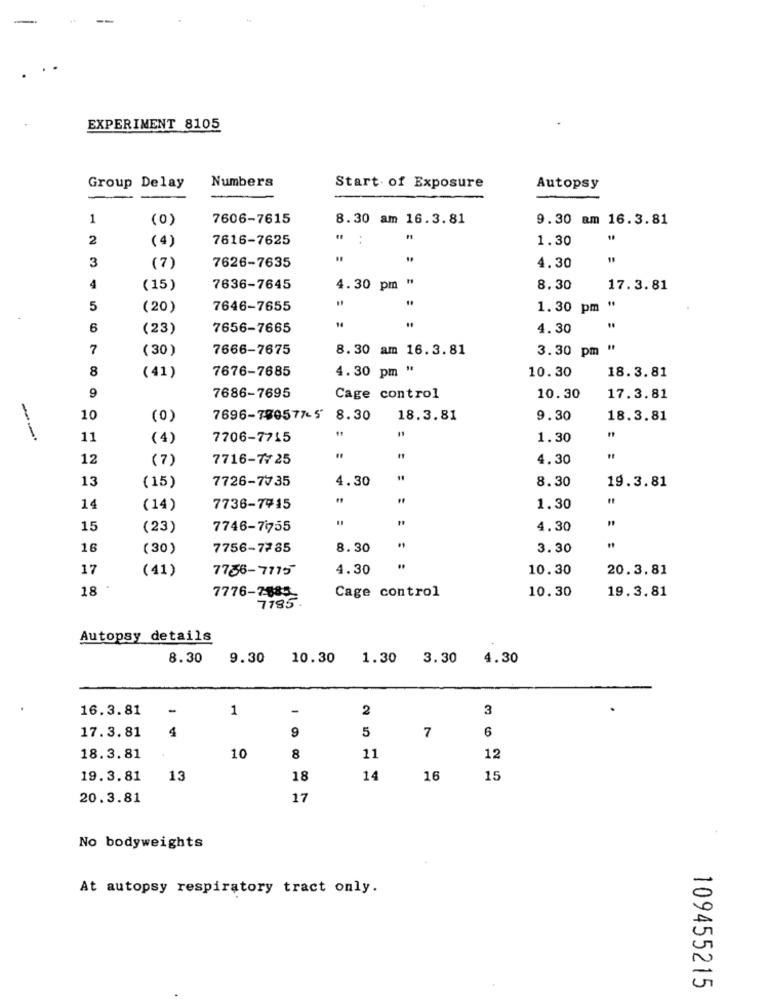
EXPERIMENT 8105
Numbers
Group Delay
Start of Exposure
Autopsy
-
1
(0)
7606-7615
8.30 am 16.3.81
9.30 am 16.3.81
2
(4)
7616-7625
1.30
3
7626-7635
15
(7)
4.30
4
(15)
7636-7645
4. 30 pm
8.30
17.3.81
5
(20)
7646-7655
1.30 pm "
14
6
(23)
7656-7665
4.30
7
( 30)
7666-7675
8.30 am 16.3.81
3.30 pm
8
7676-7685
4.30 pm "
10.30
18.3.81
(41)
9
7686-7695
Cage control
10.30
17.3.81
10
(0)
7696-780577-5
8.30
18.3.81
9.30
18.3.81
--
11
(4)
7706-7715
1.30
12
(7)
7716-7725
4.30
13
(15)
7726-7735
4.30
8.30
19.3.81
14
(14)
7736-7915
1.30
15
(23)
7746-7755
4.30
16
(30)
7756-7785
8. 30
3.30
17
(41)
7736-7775
4.30
10.30
20.3.81
18
Cage control
10.30
19.3.81
7776-7885-
7195
Autopsy details
8.30
9.30
10.30
1.30 3.30
4.30
16.3.81
-
1
2
3
17.3.81
4
9
5
7
6
18.3.81
10
8
11
12
19.3.81
13
18
14
16
15
20.3.81
17
No bodyweights
At autopsy respiratory tract only.
109455215